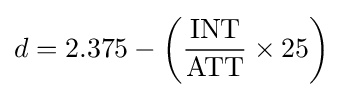
d=2.375-\left({{\text{INT}} \over {\text{ATT}}}\times 25\right)